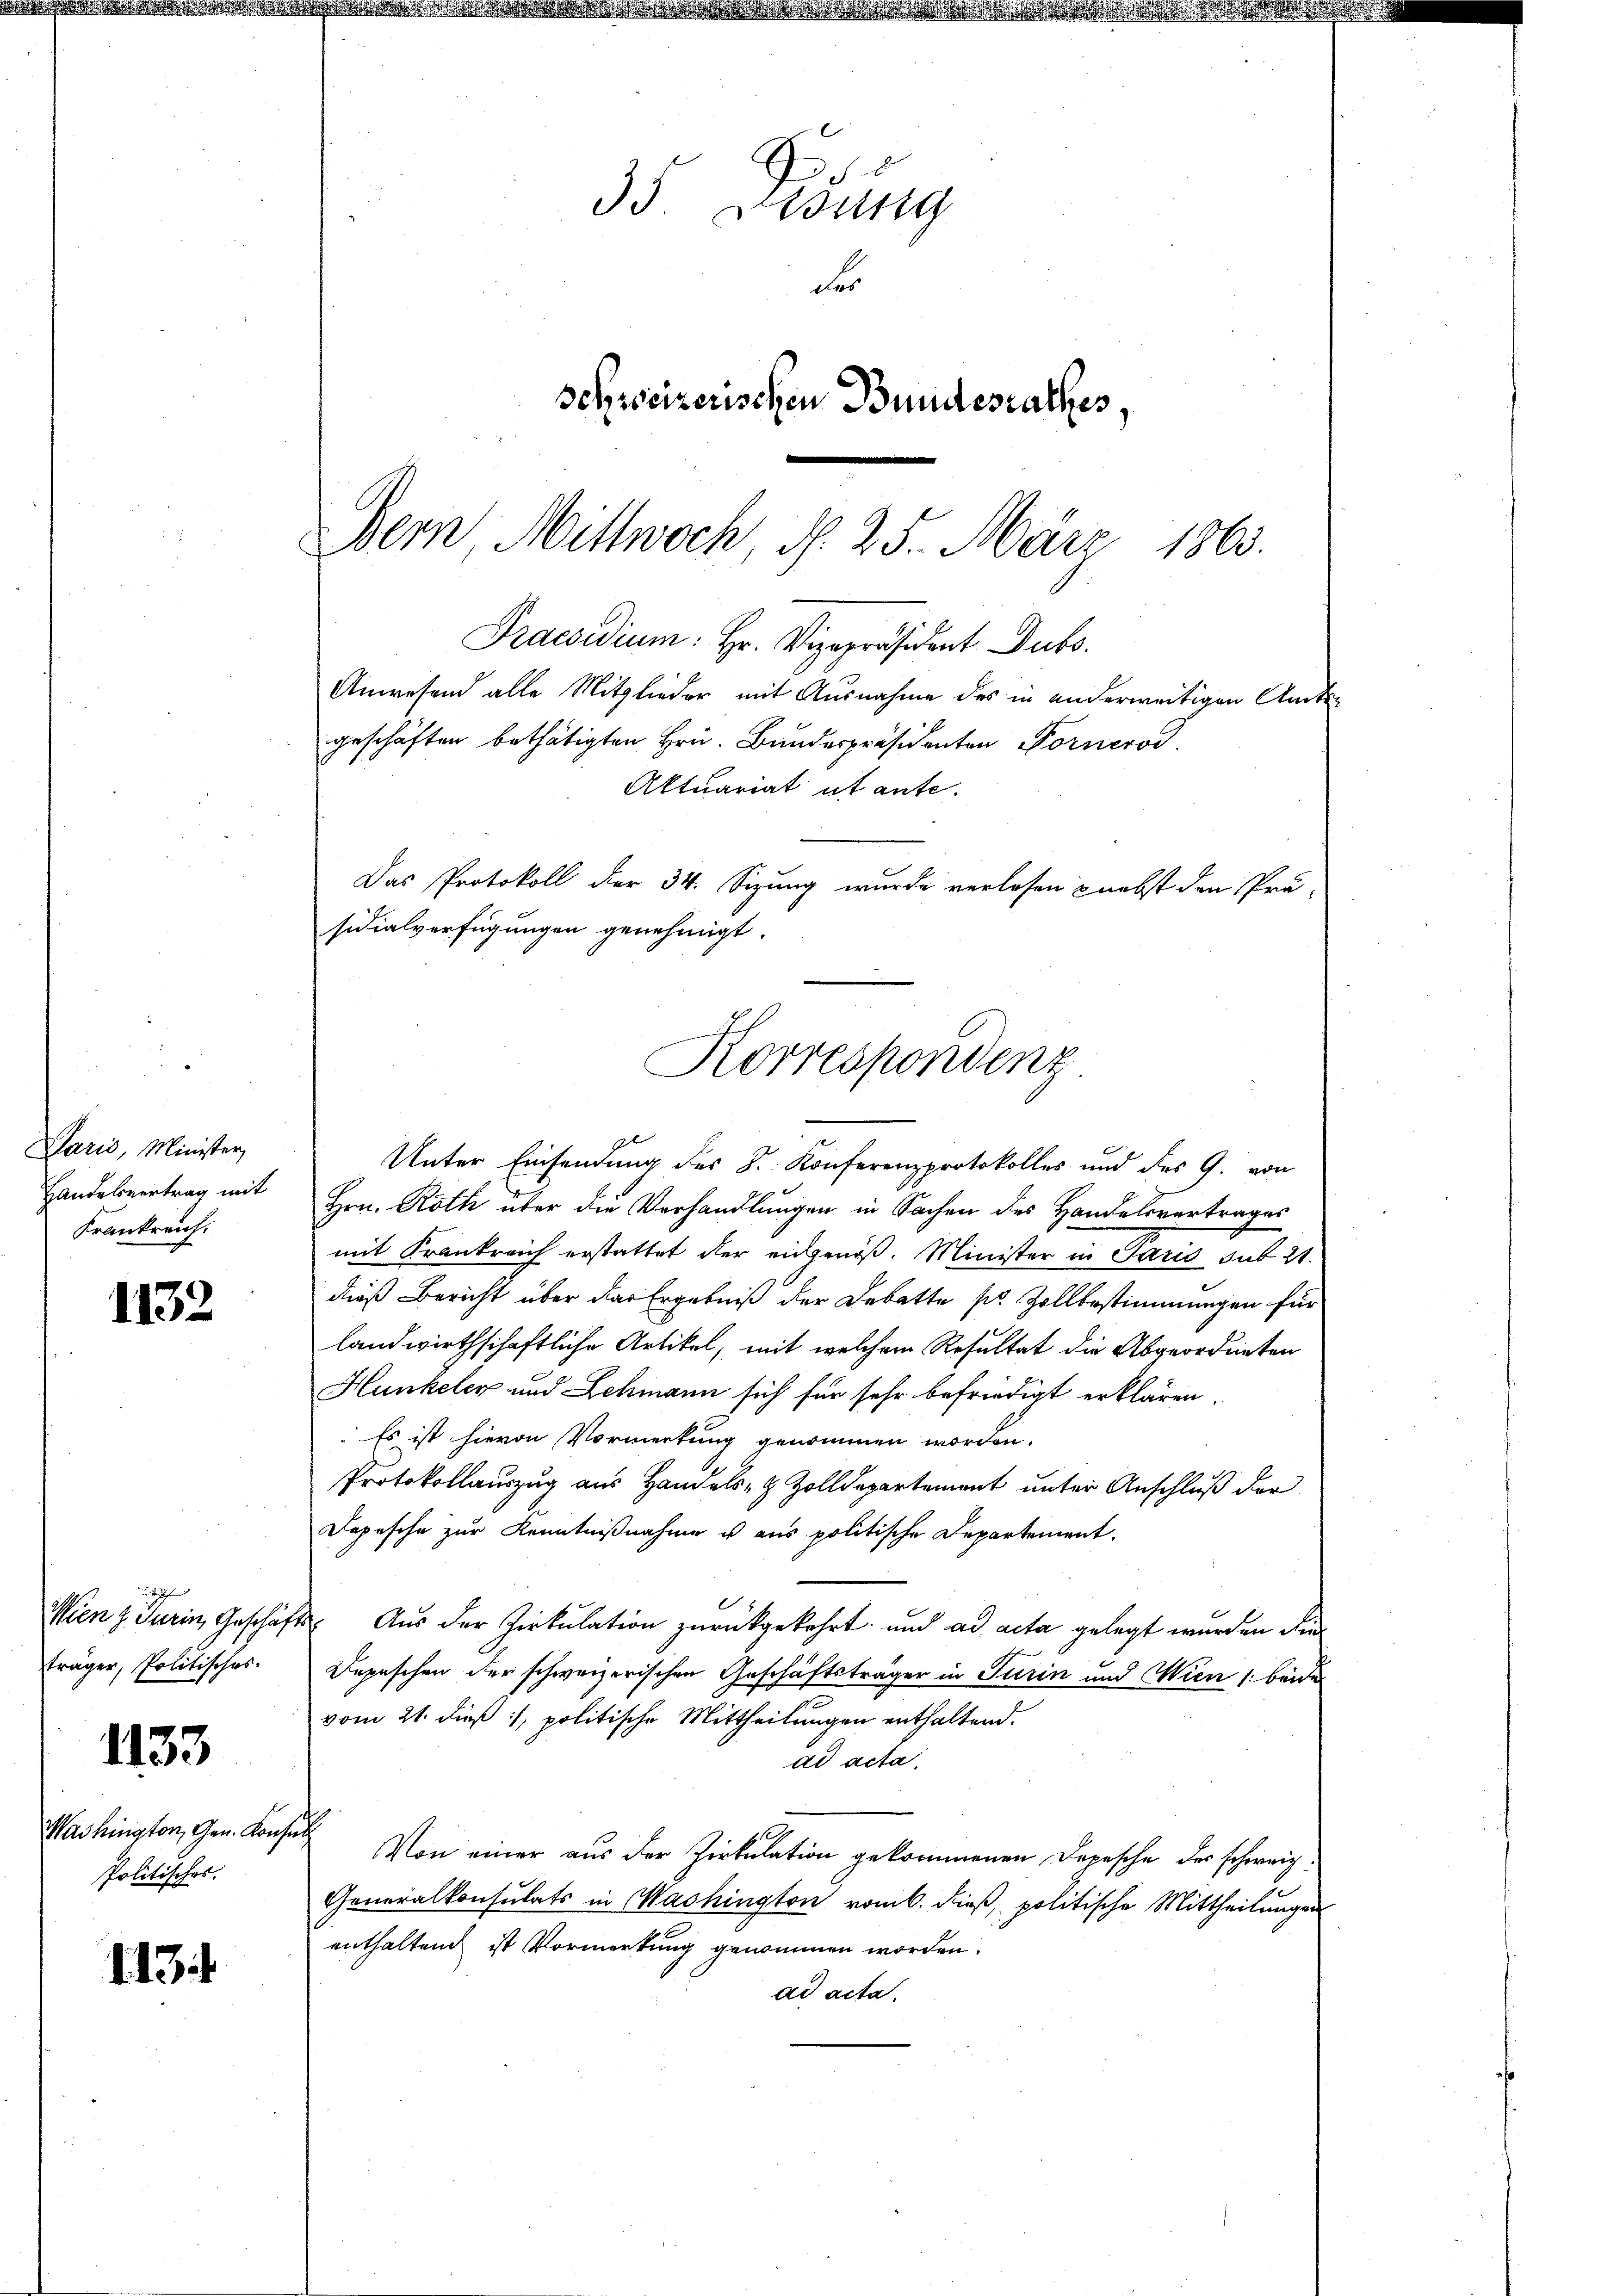
Paris, Minister
Handelsvertrag mit
Krankreich.

1132

h
träger, Politisches.

1133

Washington, Gen. Kon¬
Politisches.

113

Anwesend alle Mitglieder mit Ausnahme des in anderweitigen Amtsgeschäften bethätigten Hrn. Bundespräsidenten Fornerod
Aktuariat ut ante.
Unter Einsendung des S. Konferenzprotokolles und des G. von
Hrn. Roth über die Verhandlungen in Sachen des Handelsvertrages
mit Krankreich erstattet der eidgenoß. Minister in Paris sub 21.
dieß Bericht über das Ergebniß der Debatte sr. Zollbestimmungen für
landwirthschaftliche Artikel, mit welchem Resultat die Abgeordneten
Hunkeler und Schmann sich für sehr befriedigt erklären.
 Es ist hievon Vormerkung genommen worden.
Protokollauszug aus Handels- & Zolldepartement unter Anschluß der
Depesche zur Kenntnißnahme u aus politische Departement.
Wien z. Turin, Geschäft. Aŭs der Zirkŭlation zŭrückgekehrt und ad acta gelegt wurden die
Depeschen der schweizerischen Geschäftsträger in Turin und Wien /: beide
vom 21. dieß, politische Mittheilungen enthaltend.
ad acta.
ich
Von einer aus der Zirkulation gekommenen Depesche des schweiz.
Generalkonsulats in Mashington romb. dieß, politische Mittheilungen
enthaltend ist Vormerkung genommen worden.
ad acta.

Bern Mittwoch, d. 25. März 1863.
Praesidium: Hr. Vizepräsident Dubs

6
35. Lesung
des
Schreizerischen Bundesrathes.

Das Protokoll der 34. Sizung wurde verlesen & nebst den Prä-
sidialverfügungen genehmigt.
Korrespondenz